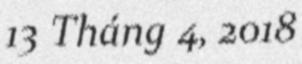
13 Tháng 4, 2018